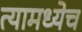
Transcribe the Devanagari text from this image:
त्यामध्येच